Report of the Municipal Commissioner on the plague in Bombay for the year ending 31st May... - Volume 1
Disease focus: Plague
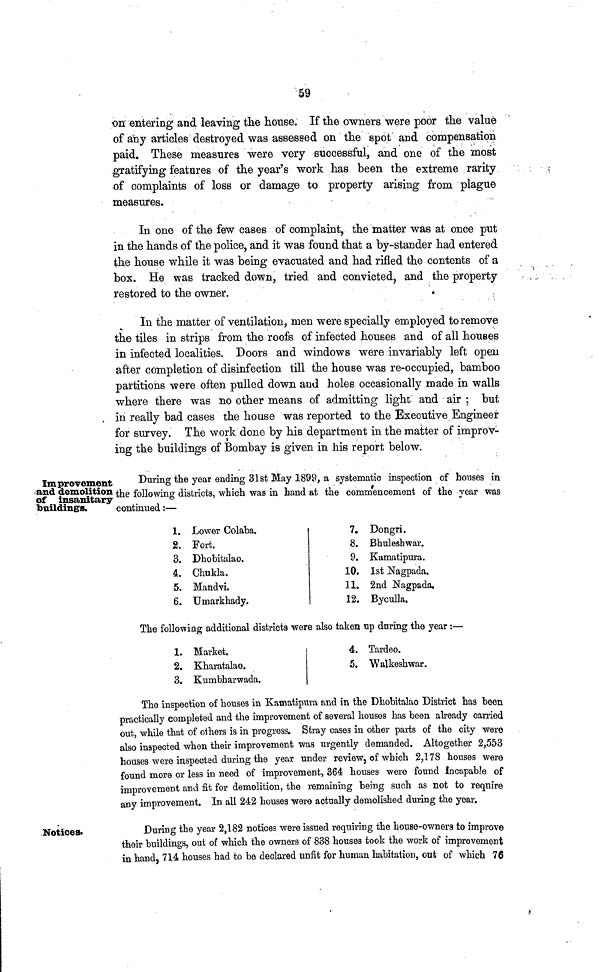
59
Improvement
and demolition
of insanitary
buildings.
Notices.
on entering and leaving the house. If the owners were poor the value
of any articles destroyed was assessed on the spot and compensation
paid. These measures were very successful, and one of the most
gratifying features of the year's work has been the extreme rarity
of complaints of loss or damage to property arising from plague
measures.
In one of the few cases of complaint, the matter was at once put
in the hands of the police, and it was found that a by-stander had entered
the house while it was being evacuated and had rifled the contents of a
box. He was tracked down, tried and convicted, and the property
restored to the owner.
In the matter of ventilation, men were specially employed to remove
the tiles in strips from the roofs of infected houses and of all houses
in infected localities. Doors and windows were invariably left open
after completion of disinfection till the house was re-occupied, bamboo
partitions were often pulled down and holes occasionally made in walls
where there was no other means of admitting light and air ; but
in really bad cases the house was reported to the Executive Engineer
for survey. The work done by his department in the matter of improv-
ing the buildings of Bombay is given in his report below.
During the year ending 31st May 1899, a systematic inspection of houses in
the following districts, which was in hand at the commencement of the year was
continued :—
1.
2.
3.
4.
5.
6.
Lower Colaba.
Fort.
Dhobitalao.
Chukla.
Mandvi.
Urnarkhady.
7.
8.
9.
10.
11.
12.
Dongri.
Bhuleshwar.
Kamatipura.
1st Nagpada.
2nd Nagpada.
Byculla.
The following additional districts were also taken up during the year :—
1. Market.
2. Kharatalao.
3. Kumbharwada.
4. Tardeo.
5. Walkeshwar.
The inspection of houses in Kamatipura and in the Dhobitalao District has been
practically completed and the improvement of several houses has been already earned
out, while that of others is in progress. Stray cases in other parts of the city were
also inspected when their improvement was urgently demanded. Altogether 2,553
houses were inspected during the year under review, of which 2,178 houses were
found more or less in need of improvement, 364 houses were found incapable of
improvement and fit for demolition, the remaining being such as not to require
any improvement. In all 242 houses were actually demolished during the year.
During the year 2,182 notices were issued requiring the house-owners to improve
their buildings, out of which the owners of 838 houses took the work of improvement
in hand, 714 houses had to be declared unfit for human habitation, out of which 76